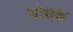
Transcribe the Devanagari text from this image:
बोचक